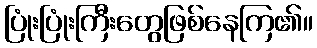
ပြုံးပြုံးကြီးတွေဖြစ်နေကြ၏။